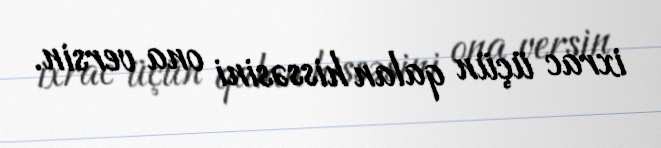
ixrac üçün qalan hissəsini ona versin.